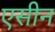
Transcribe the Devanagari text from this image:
एसीन